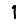
Digit: 1